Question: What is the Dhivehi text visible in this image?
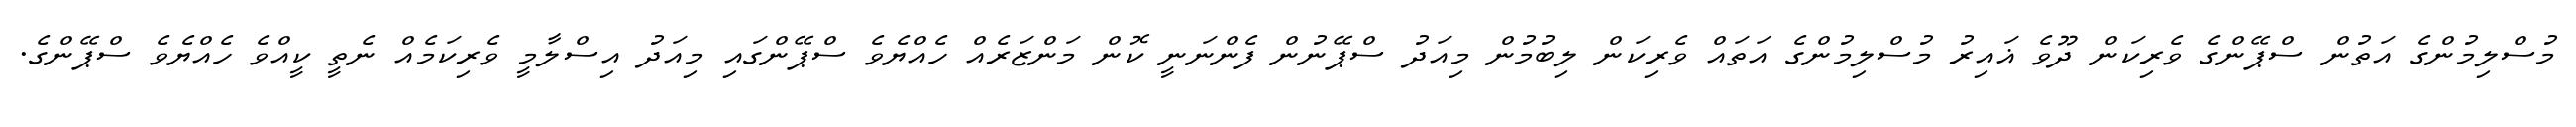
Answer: މުސްލިމުންގެ އަތުން ސްޕޭންގެ ވެރިކަން ދޫވެ ޣައިރު މުސްލިމުންގެ އަތައް ވެރިކަން ލިބުމުން މިއަދު ސްޕޭނުން ފެންނަނީ ކޮން މަންޒަރެއް ހެއްޔެވެ ސްޕޭންގައި މިއަދު އިސްލާމީ ވެރިކަމެއް ނެތީ ކީއްވެ ހެއްޔެވެ ސްޕޭންގެ.